King Institute of Preventive Medicine Bacteriolog. Section reports 1907-08
Year: 1907
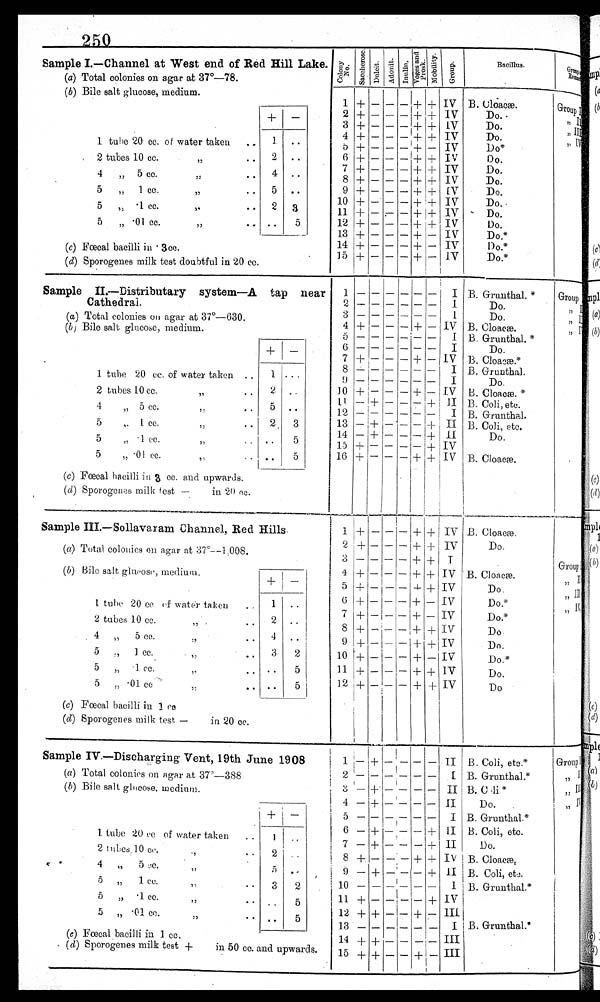
.
Sample I.—Channel at West end of Red Hill Lake.
(a) Total colonies on agar at 37°-78.
(b) Bile salt glucose, medium.
+ —
1 tube 20 cc. of water taken
..
1
• •
. •
• •
2 tubes 10 cc.
..
2 ••
4
„ 5 cc.
..
4
•• ..
5
„
1 cc.
..
5
• •
5 •1 cc.
,, .. 2 3
5
„ • 01 cc.
,,
..
• •
5
(c) Fœcal bacilli H • ace.
•
(d) Sporogenes milk test doubtful in 20 cc.
C o l o n y
N o .
S a c c h e r o r s e .
D u l o i t .
A d o n i t .
I n u l i n .
V o g e s a n d p r o s k
M o b i l i t y .
G r o u p .
B a c i l l u s .
GROUP
R e m a n d
1
2
3
4
5
6
7
8
9
10
11
12
13
14
15 — — — + — — + — — + — — — — + +
— —
—
—
—
—
—
—
— —
—
+
—
+ + —
—
—
—
—
—
—
—
—
— — — —
—
— — —
—
—
—
—
—
—
—
— — — —
—
— — —
+ + + + + + + + + + + + + + + + +
+ + + + + + + + + + + + + + + +
IV
IV IV IV IV IV IV IV IV IV IV IV IV IV
IV
B. Cl oacæ.
Do. •
Do.
Do.
Do*
Do.
Do.
Do.
Do.
Do.
Do.
Do.
Do.*
Do.*
Do.*
Group
,, I
II
,, I
Sample IL—Distributary system—A tap near
Cathedral.
(a) Total colonies on agar at 370-630.
(b) Bile salt glucose, medi um + -
1 t ube 20 cc. of wat er t aken . . 1 . . .
2 t ubes 10 cc.
. . 2 . .
4 , , 5 cc. , ,
. . 5 . .
5 , , 1 cc. , ,
. . 2 3
5 , , •1 cc. , ,
. . . . 5
5 , , •01 cc. , ,
. . . . 5
(c) Fœcal bacilli in 3 cc. and upwards.
(d) Sporogenes milk test —
in 20 cc.
1 2 3 4 5 6 7 8 9 1 0
1 2
1 3
1 4
1 5
1 6
— —
—
+ — — + — — + — — — —— + +
— —
—
— — — — — — — + + + — —
— — —
— — — — — — — — — — —— — —
— — — + — — + — — + — — — — — + —
—
— — — — — — — — — — — — —
—
—
— — — — — — — — + — + + + +
I I I IV I I IV I I IV II I II II IV
IV B. Grunthal. *
Do.
Do.
B. Cloacæ.
B. Grunthal. *
Do. Do
13. Cloacæ.*
B. Grunthal.
Do.
B. Cloacæ.
B. Coli, etc.
B. Grunthal.
B. Coli, etc.
Do.
B. Cloacæ.
Sample III.—Sollavaram Channel, Red Hills
(a) Total colonies en agar at 37°--1,008.
(b) Bile salt glucose, medium. + -
1 tube 20 cc. of water taken .. 1 ..
2 tubes 10 cc. ,,
.. 2 ..
4 , , 5 cc. , ,
. . 4 . .
5 , , 1 cc. , ,
. . 3 2
5 , , •1 cc. , ,
. . . . 5
5 , , •01 cc. , ,
. . . . 5
(c) Fœcal bacilli in 1 cc.
(d) Sporogenes milk test —
in 20 cc.
1
2 3 4 5 6 7 8 9 10 11 12
+ + — + + + + +
+
+
+
+
— — — — — —
—
—
—
—
—
—
— — — — — — —
——
—
—
—
—
— — — — — — — —
——
—
+ + + + + — — +
+
—
+
+ +
+ + + + + + + +
+
+
IV
IV I IV IV IV IV IV IV IV IV IV
B. Cloacæ.
Do.
B. Cloacæ.
Do.
Do.*
Do.*
Do-
Do.
Do.*
Do.
Do
Sample IV --Discharging Vent, 19th June 1908
(a) Total colonies on agar at 37 -388
(b) Bile salt glucose, m e d i u m . + -
1 tube 20 cc. of water taken
.. 1 ..
2 tubes 10 cc. ,,
.. 2 ..
4 ,, 5 cc. ,,
.. 4 ..
5 ,, 1 cc. ,,
.. 3 2
5 ,, •1 cc. ,,
.. .. 5
5 ,, •01 cc. ,,
.. .. 5
(e) Fœcal bacilliin
• (d) Sporogenes milk test +
in 50 cc. and upwards.
1 2 3 4 5 6 7 8 9 10 11 12 13 14
15
—
— — — — — — + — — + + — + +
+
— + + — + + — + — — + — + +
— — — — — — — — — — — — — — —
— — — — —
—
—
—
—
—
—
—
—
—
—
— — — — — — — + — — — + — — +
— — — — — + + + + — + — — — —
— — —
+
+
+
+
+
—
II I II II I I III I V II I I V III I III III
I 1 B.
_
B. Coli, etc.*
Grunthal.
B. C di*
Do. .
B. G-ru.nthal.*
B. Coli, etc.
Do.
B. ()loam,
B. Coll, et
B. Grunthal.*
1 B. Grunthal.”
1
li